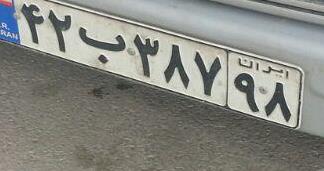
۴۲ب۳۸۷۹۸